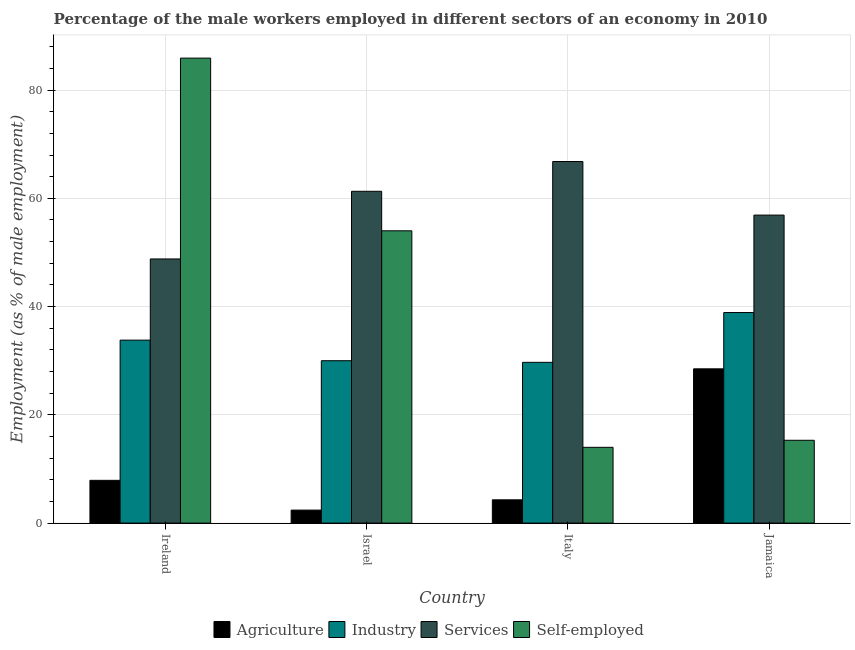
| Country | Agriculture | Industry | Services | Self-employed |
 | --- | --- | --- | --- | --- |
 | Ireland | 7.9 | 33.8 | 48.8 | 85.9 |
 | Israel | 2.4 | 30 | 61.3 | 54 |
 | Italy | 4.3 | 29.7 | 66.8 | 14 |
 | Jamaica | 28.5 | 38.9 | 56.9 | 15.3 |